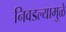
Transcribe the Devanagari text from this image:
निवडल्यामुळे